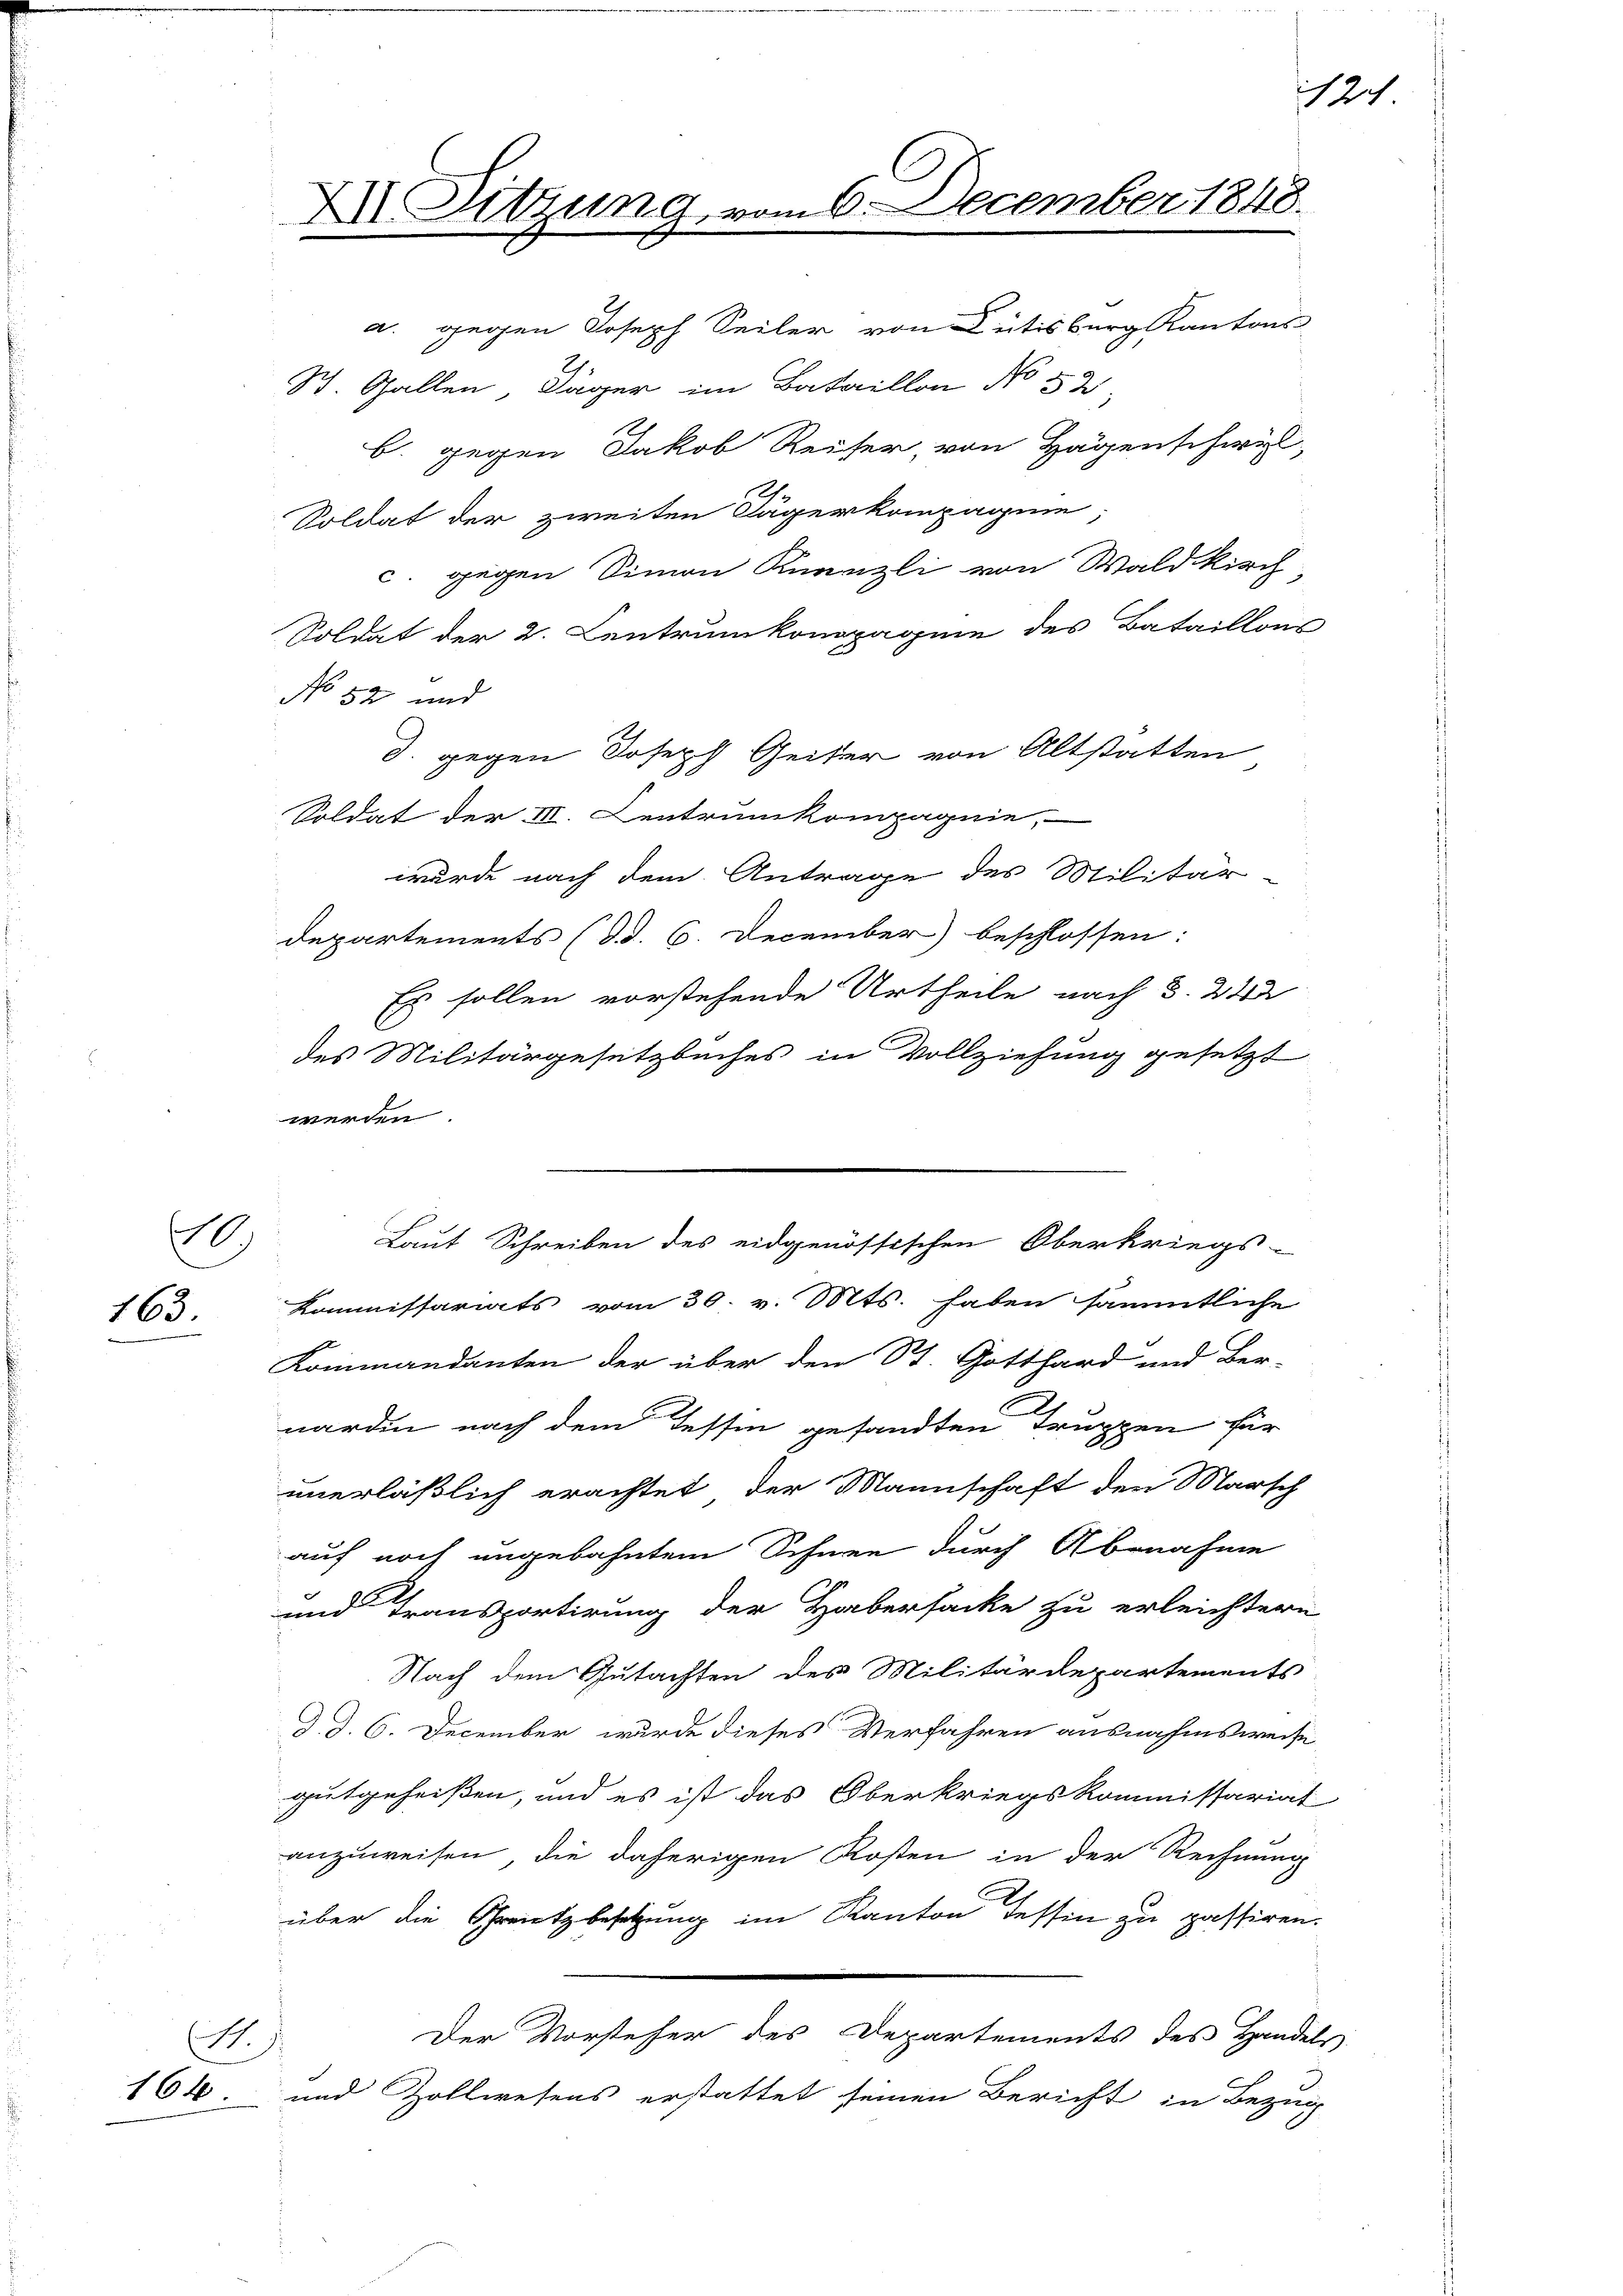
1
163.

164.

X Sitzung vom 6. December 1848.

Laut Schreiben des eidgenössischen Oberkriegs-

a. gegen Joseph Seiler von Rütisburg Kantons-
St. Gallen Däger im Bataillon No 52
b. gegen Jakob Reiser, von Hagenschwyl,
Soldat der zweiten Tägerkompagnie
c. gegen Simon Knenzli von Waldkirch
Soldat der 2. Centrumkompagnie des Bataillons
No 52 und
J. gegen Joseph Geiter von Altstatten
Soldat der III. Centrunkompagnie,
wurde nach dem Antrage des Militär
departements (Bd. 6. December beschlossen:
Es sollen vorstehende Urtheile nach §. 242
des Militärgesetzbuches in Vollziehung gesetzt
werden
Kommissariats vom 30. v. Mts. haben sämmtliche
E
Kommandanten der über den St. Gotthard und Ber-
warden nach dem Tessin gesandten Truppen für
unerläßlich erachtet der Mannschaft den Marsch
auf noch ungebahntem Schnee durch Abnahme
und Transportirung der Habersacke zu erleichtern
Nach dem Gutachten des Militärdepartements
d. d. 6. December wurde dieses Verfahren ausnahmsweise
gutgeheißen, und es ist das Oberkriegskommissariat
anzuweisen, die daherigen Kosten in der Rechnung
über die Grenzbesetzung im Kanton Tessin zu passiren.
Der Vorsteher des Departements des Handels
A.)
und Zollwesens erstattet seinen Bericht in Bezug

121